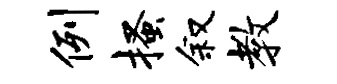
例搔叙教